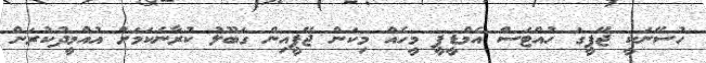
ހުސޭނަކީ ޖޭޕީގަ ހުއްޓަސް އެމްޑީޕީ މީހެއް މިކަން ޖޭޕީއިން ގަބޫލު ކުރާނެކަމަށް އުއްމީދުކުރަން